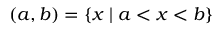
( a , b ) = \{ x \mid a < x < b \}